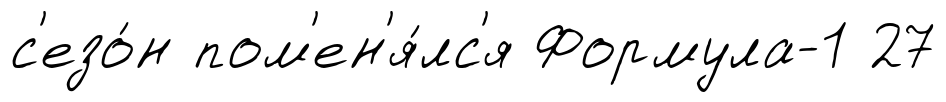
с'езо́н пом'ен'я́лс'я Формула-1 27